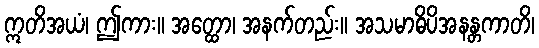
ဣတိအယံ၊ ဤကား။ အတ္ထော၊ အနက်တည်း။ အသမာဓိပိအနန္တကာတိ၊